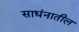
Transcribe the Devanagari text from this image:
साधंनातील